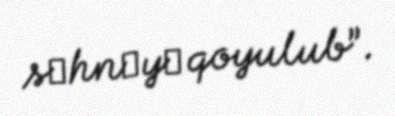
sәhnәyә qoyulub”.